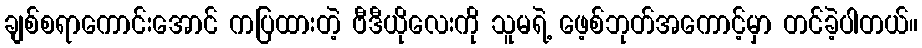
ချစ်စရာကောင်းအောင် ကပြထားတဲ့ ဗီဒီယိုလေးကို သူမရဲ့ ဖေ့စ်ဘုတ်အကောင့်မှာ တင်ခဲ့ပါတယ်။